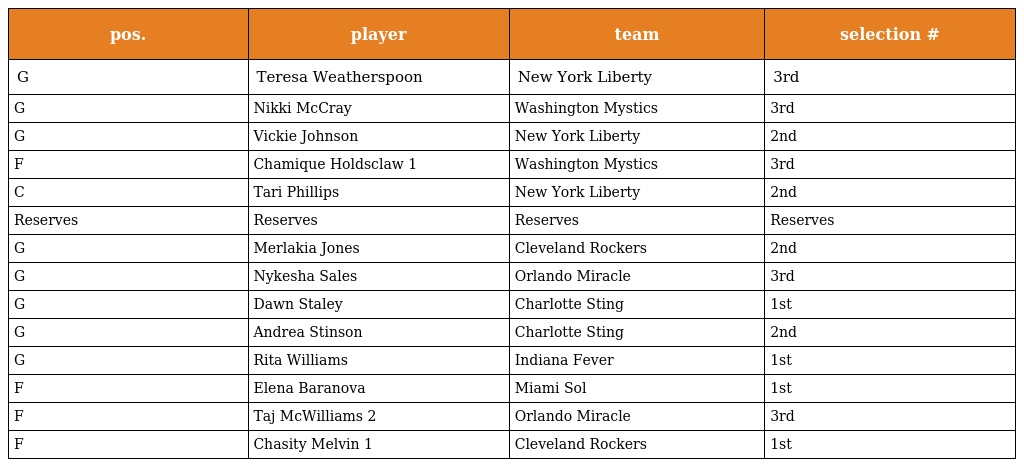
| pos. | player | team | selection # |
 | --- | --- | --- | --- |
 | G | Teresa Weatherspoon | New York Liberty | 3rd |
 | G | Nikki McCray | Washington Mystics | 3rd |
 | G | Vickie Johnson | New York Liberty | 2nd |
 | F | Chamique Holdsclaw 1 | Washington Mystics | 3rd |
 | C | Tari Phillips | New York Liberty | 2nd |
 | Reserves | Reserves | Reserves | Reserves |
 | G | Merlakia Jones | Cleveland Rockers | 2nd |
 | G | Nykesha Sales | Orlando Miracle | 3rd |
 | G | Dawn Staley | Charlotte Sting | 1st |
 | G | Andrea Stinson | Charlotte Sting | 2nd |
 | G | Rita Williams | Indiana Fever | 1st |
 | F | Elena Baranova | Miami Sol | 1st |
 | F | Taj McWilliams 2 | Orlando Miracle | 3rd |
 | F | Chasity Melvin 1 | Cleveland Rockers | 1st |